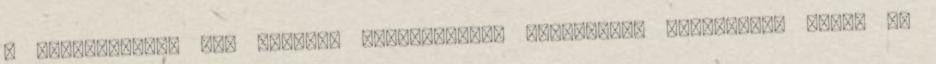
A jelentkezési lap csatolt mellékleteit folyamatos sorszámmal lássa el